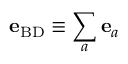
{ \bf e } _ { \mathrm { B D } } \equiv \sum _ { a } { \bf e } _ { a }